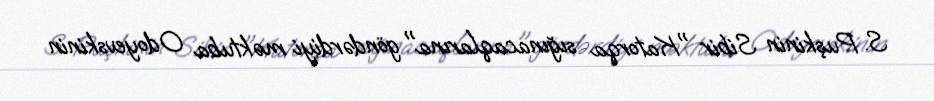
S. Puşkinin Sibir "Katorqa sığınacaqlarına" göndərdiyi məktuba Odoyevskinin